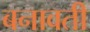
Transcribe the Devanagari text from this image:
बनावती